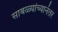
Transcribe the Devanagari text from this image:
साबळ्यांच्यानंतर